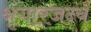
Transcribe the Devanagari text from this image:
श्रृंगारजन्य